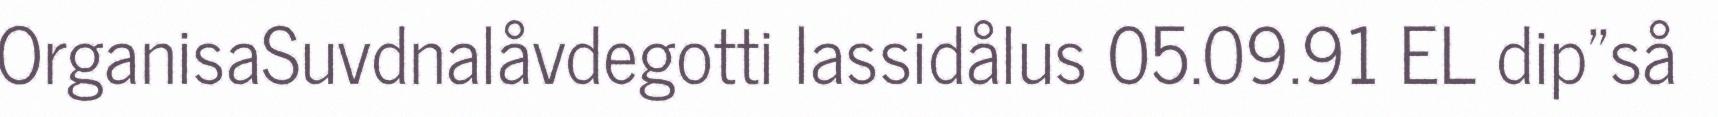
OrganisaSuvdnalåvdegotti lassidålus 05.09.91 EL dip"så